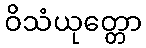
ဝိသံယုတ္တော